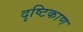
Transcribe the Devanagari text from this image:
दृष्टिकाण